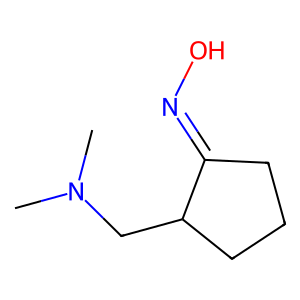
SMILES: CN(C)CC1CCCC1=NO
Inhibits HIV replication: No